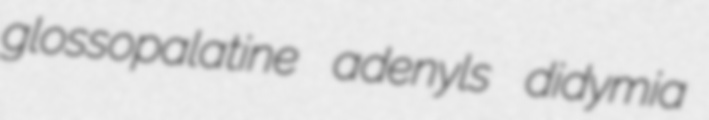
glossopalatine adenyls didymia